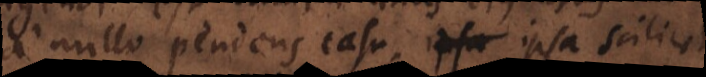
nullo pendens casu, ipsa scilicet